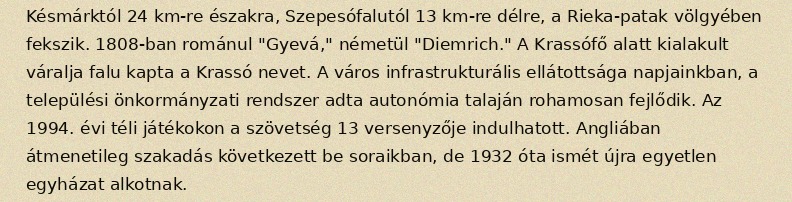
Késmárktól 24 km-re északra, Szepesófalutól 13 km-re délre, a Rieka-patak völgyében fekszik. 1808-ban románul "Gyevá," németül "Diemrich." A Krassófő alatt kialakult váralja falu kapta a Krassó nevet. A város infrastrukturális ellátottsága napjainkban, a települési önkormányzati rendszer adta autonómia talaján rohamosan fejlődik. Az 1994. évi téli játékokon a szövetség 13 versenyzője indulhatott. Angliában átmenetileg szakadás következett be soraikban, de 1932 óta ismét újra egyetlen egyházat alkotnak.